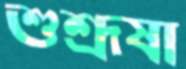
শুশ্রূষা